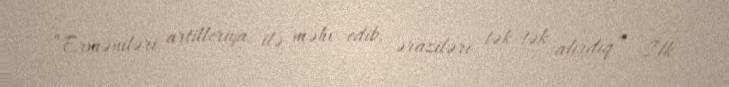
“Erməniləri artilleriya ilə məhv edib, əraziləri tək-tək alırdıq” -İlk